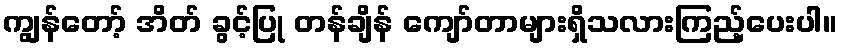
ကျွန်တော့် အိတ် ခွင့်ပြု တန်ချိန် ကျော်တာများရှိသလားကြည့်ပေးပါ။